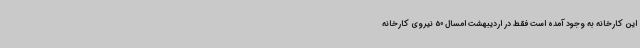
این کارخانه به وجود آمده است فقط در اردیبهشت امسال 50 نیروی کارخانه